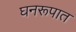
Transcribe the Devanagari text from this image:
घनरूपात